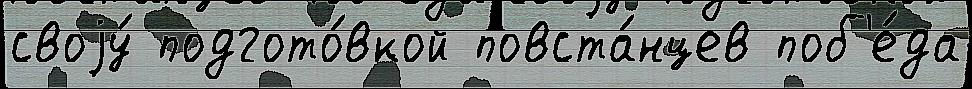
своjу́ подгото́вкой повста́нцев поб'е́да